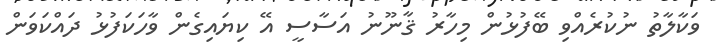
ވަކާލާތު ނުކުރެއްވި ބޭފުޅުން މިހާރު ޤާނޫނު އަސާސީ އޭ ކިޔައިގެން ވާހަކަފުޅު ދައްކަވަން